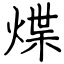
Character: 煠